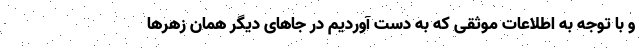
و با توجه به اطلاعات موثقی که به دست آوردیم در جاهای دیگر همان زهرها